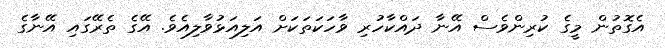
އެގޮތުން މީގެ ކުރިންވެސް އޭނާ ދައްކާހުރި ވާހަކަތަކަށް އަލިއަޅުވާލިއެވެ. އޭގެ ތެރޭގައި އޭނާގެ